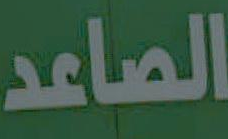
الصاعد